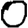
Digit: 0